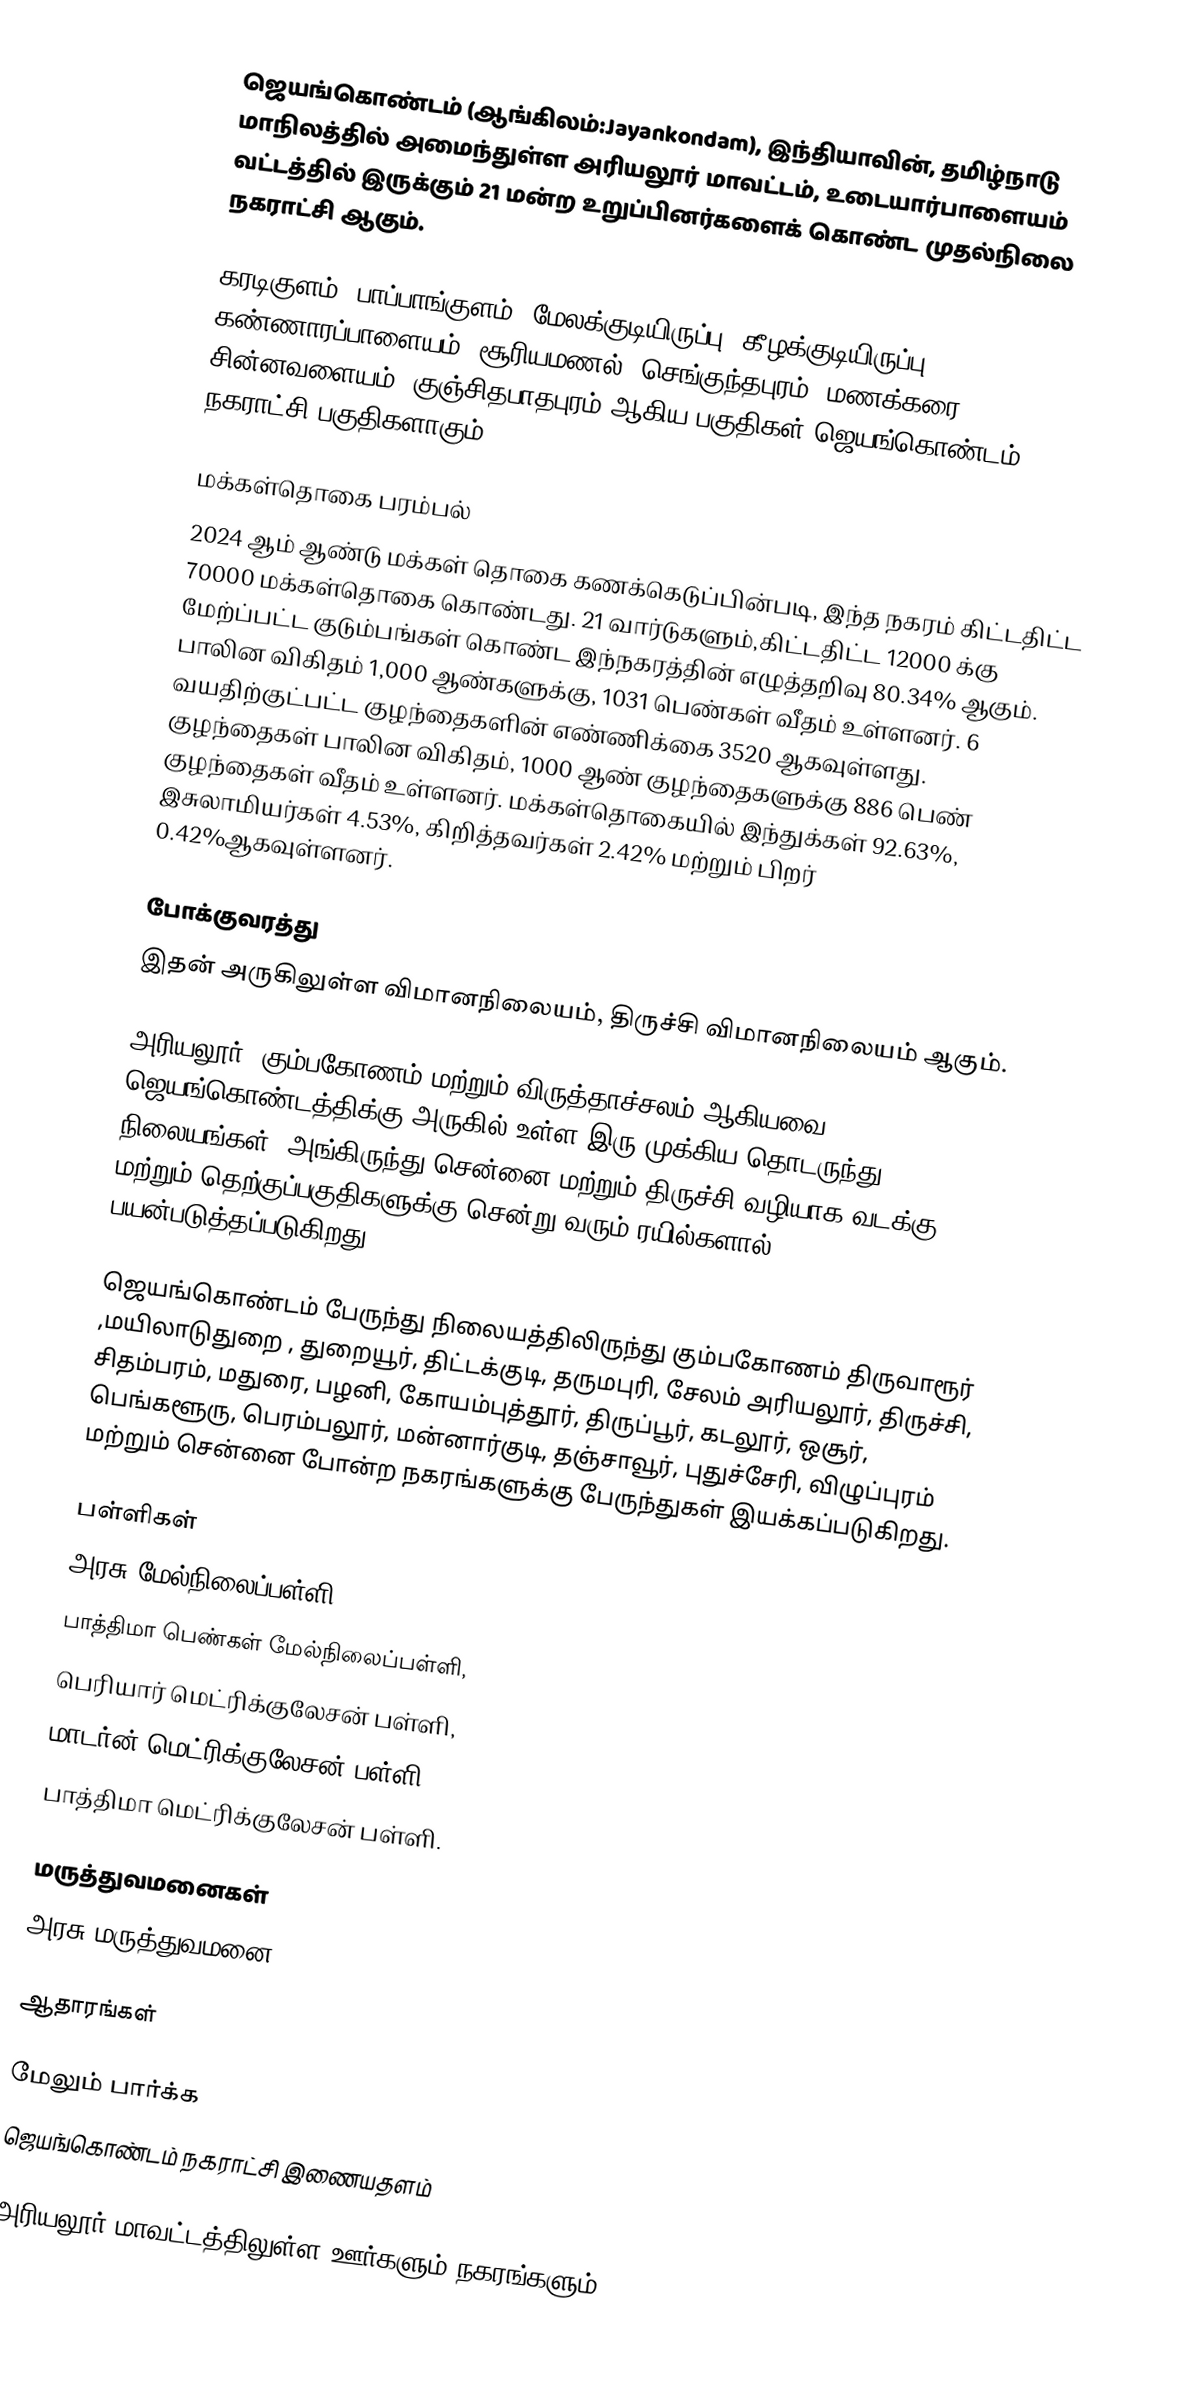
ஜெயங்கொண்டம் (ஆங்கிலம்:Jayankondam), இந்தியாவின், தமிழ்நாடு மாநிலத்தில் அமைந்துள்ள அரியலூர் மாவட்டம், உடையார்பாளையம் வட்டத்தில் இருக்கும் 21 மன்ற உறுப்பினர்களைக் கொண்ட முதல்நிலை நகராட்சி ஆகும்.

கரடிகுளம், பாப்பாங்குளம், மேலக்குடியிருப்பு, கீழக்குடியிருப்பு, கண்ணாரப்பாளையம், சூரியமணல், செங்குந்தபுரம், மணக்கரை, சின்னவளையம், குஞ்சிதபாதபுரம் ஆகிய பகுதிகள் ஜெயங்கொண்டம் நகராட்சி பகுதிகளாகும்

மக்கள்தொகை பரம்பல்
2024 ஆம் ஆண்டு மக்கள் தொகை கணக்கெடுப்பின்படி, இந்த நகரம் கிட்டதிட்ட 70000 மக்கள்தொகை கொண்டது. 21 வார்டுகளும்,கிட்டதிட்ட 12000 க்கு மேற்ப்பட்ட குடும்பங்கள் கொண்ட இந்நகரத்தின் எழுத்தறிவு 80.34% ஆகும். பாலின விகிதம் 1,000 ஆண்களுக்கு, 1031 பெண்கள் வீதம் உள்ளனர். 6 வயதிற்குட்பட்ட குழந்தைகளின் எண்ணிக்கை 3520 ஆகவுள்ளது. குழந்தைகள் பாலின விகிதம், 1000 ஆண் குழந்தைகளுக்கு 886  பெண் குழந்தைகள் வீதம் உள்ளனர்.  மக்கள்தொகையில் இந்துக்கள் 92.63%, இசுலாமியர்கள் 4.53%, கிறித்தவர்கள் 2.42% மற்றும் பிறர் 0.42%ஆகவுள்ளனர்.

போக்குவரத்து
இதன் அருகிலுள்ள விமானநிலையம், திருச்சி விமானநிலையம் ஆகும்.

அரியலூர், கும்பகோணம் மற்றும் விருத்தாச்சலம் ஆகியவை ஜெயங்கொண்டத்திக்கு அருகில் உள்ள இரு முக்கிய தொடருந்து நிலையங்கள். அங்கிருந்து சென்னை மற்றும் திருச்சி வழியாக வடக்கு மற்றும் தெற்குப்பகுதிகளுக்கு சென்று வரும் ரயில்களால் பயன்படுத்தப்படுகிறது.

ஜெயங்கொண்டம் பேருந்து நிலையத்திலிருந்து கும்பகோணம் திருவாரூர் ,மயிலாடுதுறை , துறையூர், திட்டக்குடி, தருமபுரி, சேலம் அரியலூர், திருச்சி, சிதம்பரம், மதுரை, பழனி, கோயம்புத்தூர், திருப்பூர், கடலூர், ஒசூர், பெங்களூரு, பெரம்பலூர், மன்னார்குடி, தஞ்சாவூர், புதுச்சேரி, விழுப்புரம் மற்றும் சென்னை போன்ற நகரங்களுக்கு பேருந்துகள் இயக்கப்படுகிறது.

பள்ளிகள்
அரசு மேல்நிலைப்பள்ளி,
பாத்திமா பெண்கள் மேல்நிலைப்பள்ளி,
பெரியார் மெட்ரிக்குலேசன் பள்ளி,
மாடர்ன் மெட்ரிக்குலேசன் பள்ளி,
பாத்திமா மெட்ரிக்குலேசன் பள்ளி.

மருத்துவமனைகள்
அரசு மருத்துவமனை

ஆதாரங்கள்

மேலும் பார்க்க
ஜெயங்கொண்டம் நகராட்சி இணையதளம்

அரியலூர் மாவட்டத்திலுள்ள ஊர்களும் நகரங்களும்